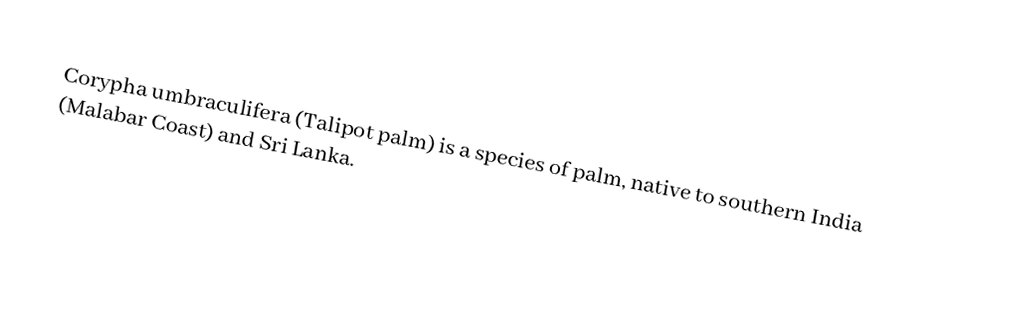
Corypha umbraculifera (Talipot palm) is a species of palm, native to southern India (Malabar Coast) and Sri Lanka.